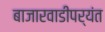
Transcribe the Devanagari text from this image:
बाजारवाडीपर्यंत